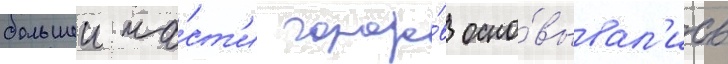
большеи ча́ст'и городо́в осно́вывал'ись